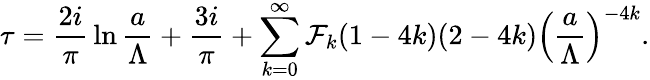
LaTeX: \tau={\frac{2i}{\pi}}\ln{\frac{a}{\Lambda}}+{\frac{3i}{\pi}}+\sum_{k=0}^{\infty}{\cal F}_{k}(1-4k)(2-4k)\left({\frac{a}{\Lambda}}\right)^{-4k}.